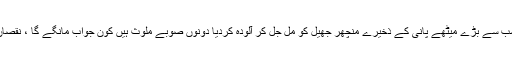
ان لوگوں نے ایشیا کے سب سے بڑے میٹھے پانی کے ذخیرے منچھر جھیل کو مل جل کر آلودہ کردیا دونوں صوبے ملوث ہیں کون جواب مانگے گا ، نقصان سندھ کے لوگوں کا ہوا۔